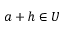
a + h \in U